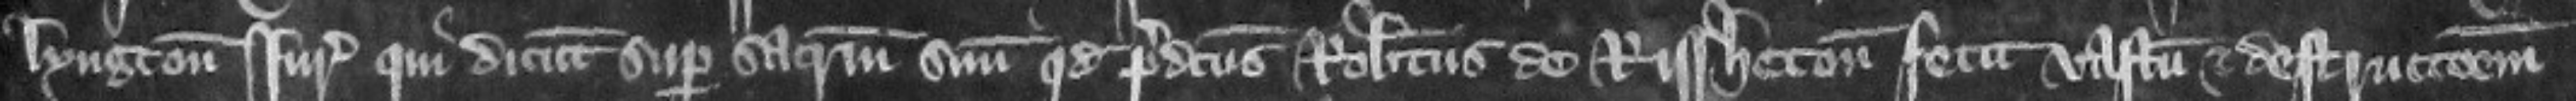
lyngton iuratores qui dicunt super sacramentum suum quod predictus Robertus de Rissheton fecit vastum et destruccionem